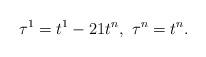
LaTeX: \begin{align*}\tau^1=t^1-21 t^n,\ \tau^n=t^n.\end{align*}